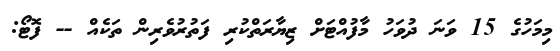
މިމަހުގެ 15 ވަނަ ދުވަހު މާފުއްޓަށް ޒިޔާރަތްކުރި ފަތުރުވެރިން ތަކެއް -- ފޮޓޯ: